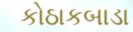
કોઠાકબાડા